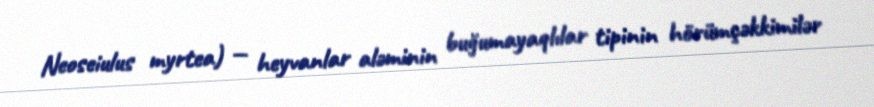
Neoseiulus myrtea) — heyvanlar aləminin buğumayaqlılar tipinin hörümçəkkimilər